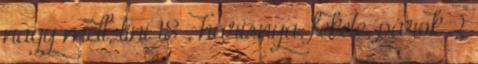
nagy mell, tini 18 , harisnya, fekete, párok 2